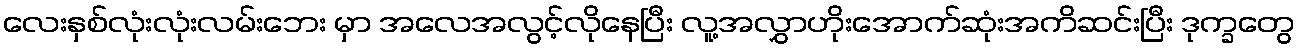
လေးနှစ်လုံးလုံးလမ်းဘေး မှာ အလေအလွင့်လိုနေပြီး လူ့အလွှာဟိုးအောက်ဆုံးအကိဆင်းပြီး ဒုက္ခတွေ